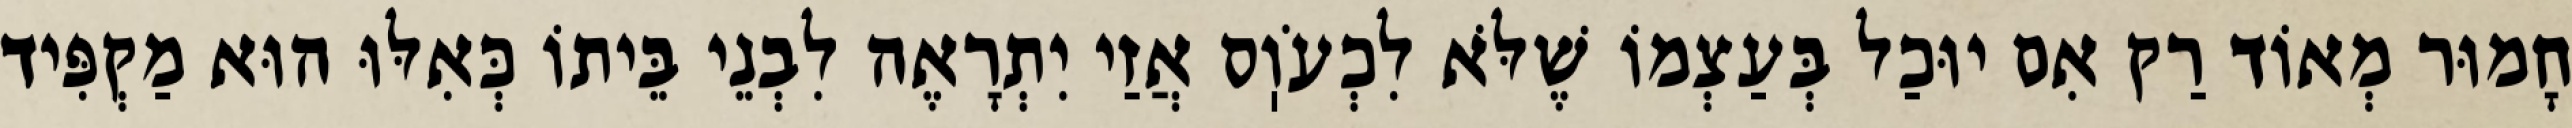
חָמוּר מְאוֹד רַק אִם יוּכַל בְּעַצְמוֹ שֶׁלֹּא לִכְעֹוֽס אֲזַי יִתְרָאֶה לִבְנֵי בֵּיתוֹ כְּאִלּוּ הוּא מַקְפִּיד